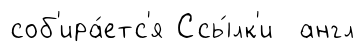
соб'ира́етс'я Ссы́лк'и англ